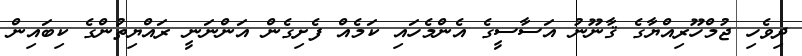
ދިވެހި ޖުމްހޫރިއްޔާގެ ޤާނޫނު އަސާސީގެ އެންމެހައި ކަމެއް ފެށިގެން އަންނަނީ ރައްޔިތުންގެ ކިބައިން